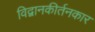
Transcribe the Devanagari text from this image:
विद्वानकीर्तनकार